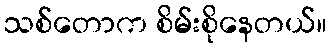
သစ်တောက စိမ်းစိုနေတယ်။